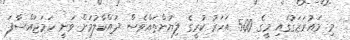
މި މައުރަޒަގުގައި މީގެ 500 އަަހަރު ކުރީގެ ލިޔުންތައްވެސް ދައްކާލުމަށް ވަނީ ހަމަޖައްސާފަ